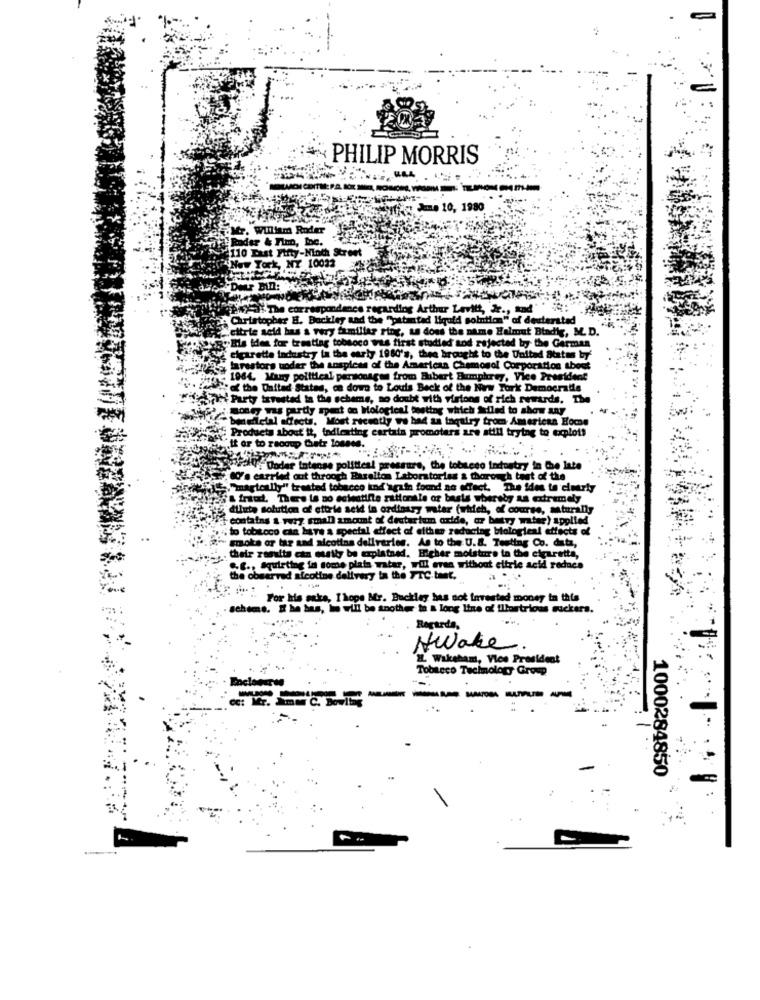
" PHILIP MORRIS
If 10, 1980
William Roder
der & Fim, Loc.
Tast Fifty-Noth Street
York, NY 10023
lance regarding Arthur Lavilt, Jr ., and"
Christopher B. Backley and the "patented liquid solution" of dexterstad
citrie seid has a very familiar ring, as dons the name Helmut Btadie, M. D.
"Ils ides for tresttag tobsoco vis first studied and rejected by the German
cigarette industry la the early 1980's, thee brought to the United States by'
tarestor
toder the
inspless of the American Chemosol Corporation theet
1964, Many political personages from Hubert Humphrey, Vice President
" the United States, ca down to Louis Beck of the New York Democratie
Party isrested la the scheme, no doubt with virtons of rich rewards. The
at on Hological testing which Idled to show any
bmedelal affects. Most recently ve bad as inquiry from American Home
Products about it, tadloating car
ais promoters are still trying to explot!
.It or to recoup their losses.
Solici : Godar Intense political pressure, the tobteco industry in Ce late
W's carried out through Barelton Laboratories & thorough test of the
"magically" treated tobacco ind'again food no effect. The ides to clearly
& fraud. There la no ecteatifle rationale or basis whereby an extremely
dilute solution of ettrie seid in ordinary water (which, of course, mturally
contains a very small amount of deuterium oxide, or betry mtse)
water) applied
to tobitoco cta have a special effect of either reducing biologieal effects of
moke or tar aad aicotins deliveries. As to the U.S. Testing Co. data,
their results can ousity be explained. Eicher moisture in the cigaretta,
.C ., Squirting in some plata watar, will even without ettric acid reduce
served alcotine delivery ta the FTC teE.
For his anka, I hope Mr. Buckley has not Invested money to this
Ichems, E he has, I will be another ta & long Line of illustrious suckers.
Regards,
Awake
IL Wakeham, Vice President
Tobacco Technology Group
--
1000284850